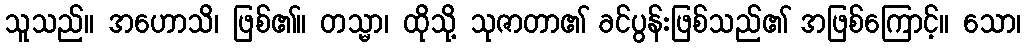
သူသည်။ အဟောသိ၊ ဖြစ်၏။ တသ္မာ၊ ထိုသို့ သုဇာတာ၏ ခင်ပွန်းဖြစ်သည်၏ အဖြစ်ကြောင့်။ သော၊